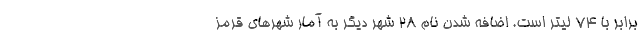
برابر با 74 لیتر است. اضافه شدن نام ۲۸ شهر دیگر به آمار شهر‌های قرمز